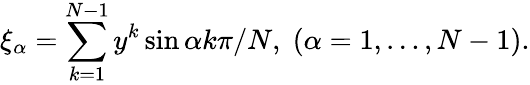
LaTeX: \xi_{\alpha}=\sum_{k=1}^{N-1}y^{k}\sin\alpha k\pi/N,\; (\alpha=1,\ldots,N-1).